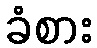
ခံစား